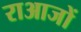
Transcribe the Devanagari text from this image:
राआजों